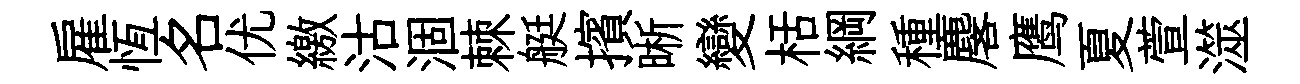
雇恆名优繳沽涸棘艇擯晰變栝綱種麐鹰夏萱澨